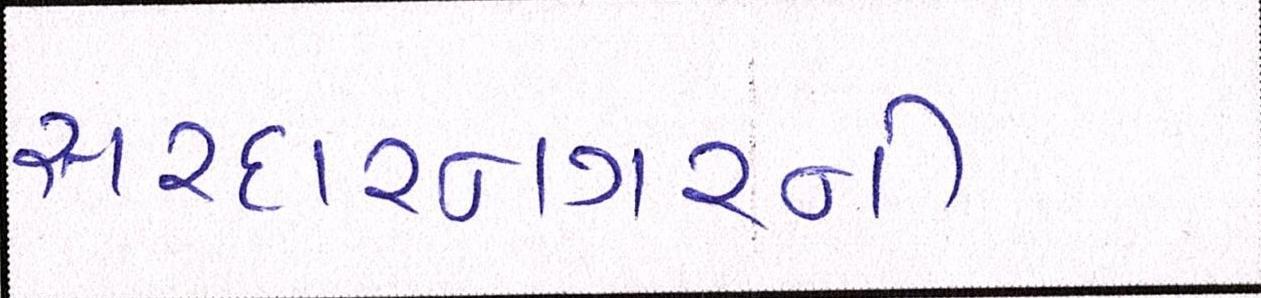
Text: સરદારનગરની